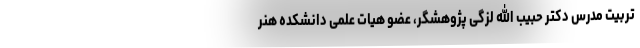
تربیت مدرس دکتر حبیب الله لزگی پژوهشگر، عضو هیات علمی دانشکده هنر